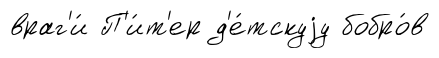
враг'и́ П'и́т'ер д'е́тскуjу бобро́в